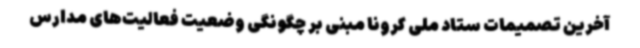
آخرین تصمیمات ستاد ملی کرونا مبنی بر چگونگی وضعیت فعالیت‌های مدارس